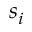
s _ { i }